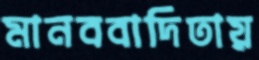
মানববাদিতায়